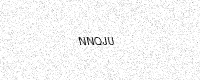
Text: NNQJU